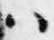
ハ